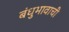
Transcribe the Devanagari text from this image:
बंधुभावाची